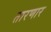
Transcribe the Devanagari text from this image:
तारणार